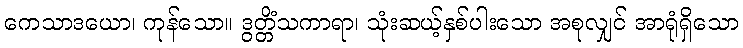
ကေသာဒယော၊ ကုန်သော။ ဒွတ္တိံသကာရာ၊ သုံးဆယ့်နှစ်ပါးသော အစုလျှင် အာရုံရှိသော